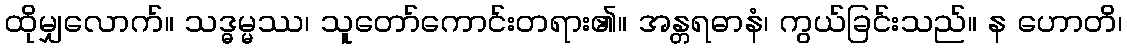
ထိုမျှလောက်။ သဒ္ဓမ္မဿ၊ သူတော်ကောင်းတရား၏။ အန္တရဓာနံ၊ ကွယ်ခြင်းသည်။ န ဟောတိ၊